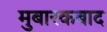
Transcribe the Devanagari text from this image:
मुबारकबाद